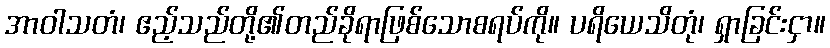
အာဝါသတံ၊ ဧည့်သည်တို့၏တည်ခိုရာဖြစ်သောစရပ်ကို။ ပရိယေသိတုံ၊ ရှာခြင်းငှာ။